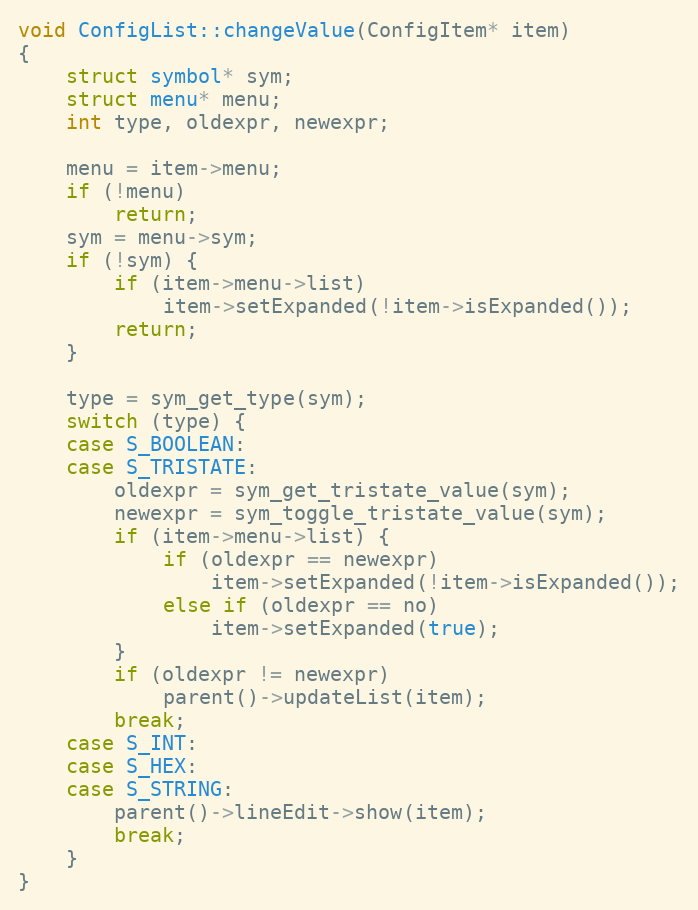
Language: C++
void ConfigList::changeValue(ConfigItem* item)
{
	struct symbol* sym;
	struct menu* menu;
	int type, oldexpr, newexpr;

	menu = item->menu;
	if (!menu)
		return;
	sym = menu->sym;
	if (!sym) {
		if (item->menu->list)
			item->setExpanded(!item->isExpanded());
		return;
	}

	type = sym_get_type(sym);
	switch (type) {
	case S_BOOLEAN:
	case S_TRISTATE:
		oldexpr = sym_get_tristate_value(sym);
		newexpr = sym_toggle_tristate_value(sym);
		if (item->menu->list) {
			if (oldexpr == newexpr)
				item->setExpanded(!item->isExpanded());
			else if (oldexpr == no)
				item->setExpanded(true);
		}
		if (oldexpr != newexpr)
			parent()->updateList(item);
		break;
	case S_INT:
	case S_HEX:
	case S_STRING:
		parent()->lineEdit->show(item);
		break;
	}
}